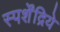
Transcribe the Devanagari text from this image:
स्पर्शेंद्रिये